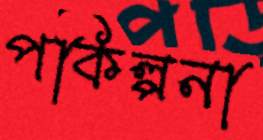
পকিল্পনা